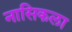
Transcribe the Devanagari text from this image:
नासिकला